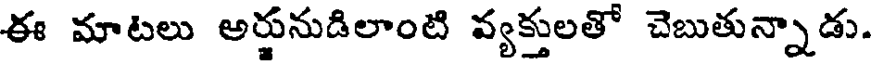
ఈ మాటలు అర్జునుడిలాంటి వ్యక్తులతో చెబుతున్నాడు.